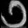
Digit: ၁